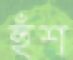
হুঁশ